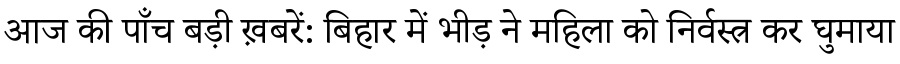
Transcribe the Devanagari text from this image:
आज की पाँच बड़ी ख़बरें: बिहार में भीड़ ने महिला को निर्वस्त्र कर घुमाया